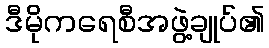
ဒီမိုကရေစီအဖွဲ့ချုပ်၏